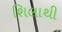
શિલાથી